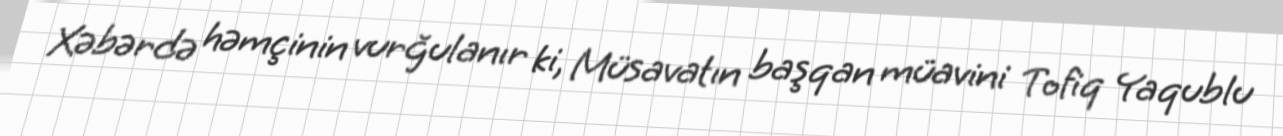
Xəbərdə həmçinin vurğulanır ki, Müsavatın başqan müavini Tofiq Yaqublu